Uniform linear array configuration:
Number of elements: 8
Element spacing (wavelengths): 0.75
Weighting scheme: cosine
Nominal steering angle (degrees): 0
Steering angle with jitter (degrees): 0.2141
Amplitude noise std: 0.05
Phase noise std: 0.05

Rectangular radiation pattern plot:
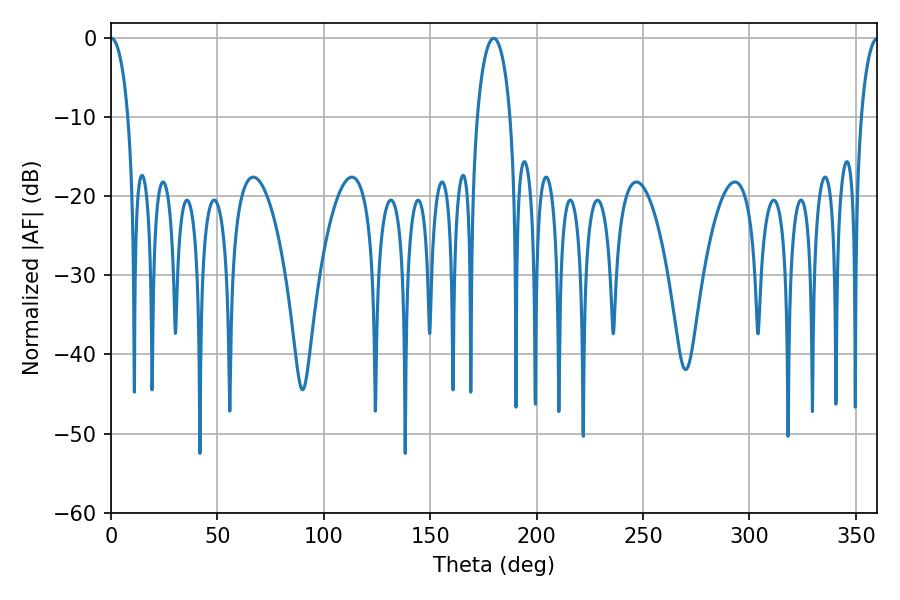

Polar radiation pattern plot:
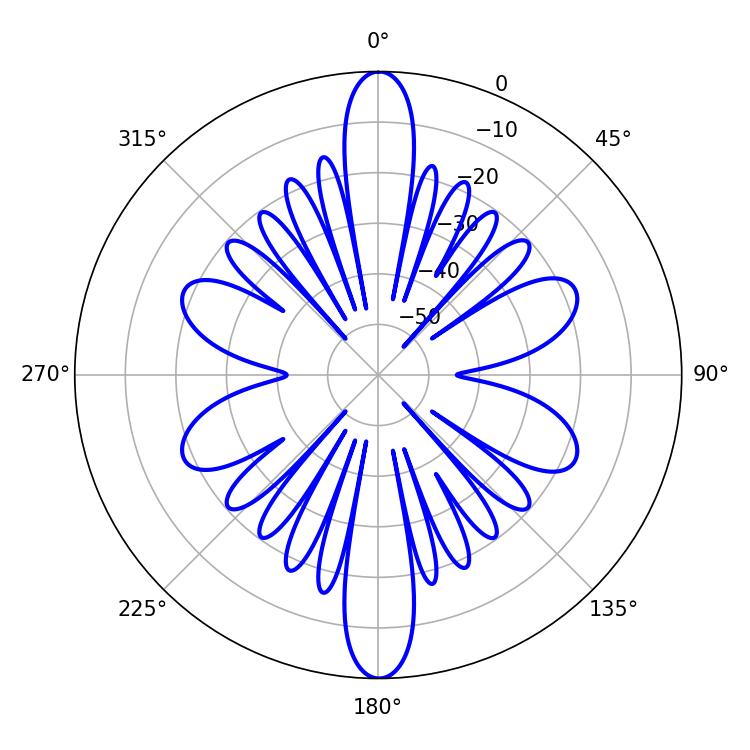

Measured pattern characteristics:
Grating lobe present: TRUE
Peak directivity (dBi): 31.101
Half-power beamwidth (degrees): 4.68
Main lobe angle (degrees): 0.18